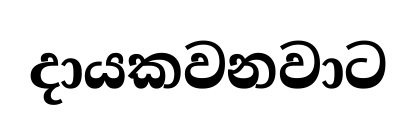
දායකවනවාට